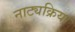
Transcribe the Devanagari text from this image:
नाट्यक्रिया